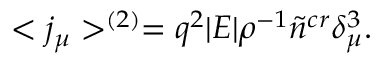
< j _ { \mu } > ^ { ( 2 ) } = q ^ { 2 } | E | \rho ^ { - 1 } \tilde { n } ^ { c r } \delta _ { \mu } ^ { 3 } .